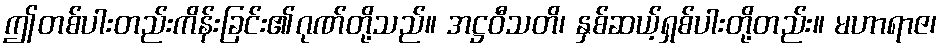
ဤတစ်ပါးတည်းကိန်းခြင်း၏ဂုဏ်တို့သည်။ အဋ္ဌဝီသတိ၊ နှစ်ဆယ့်ရှစ်ပါးတို့တည်း။ မဟာရာဇ၊